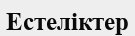
Естеліктер